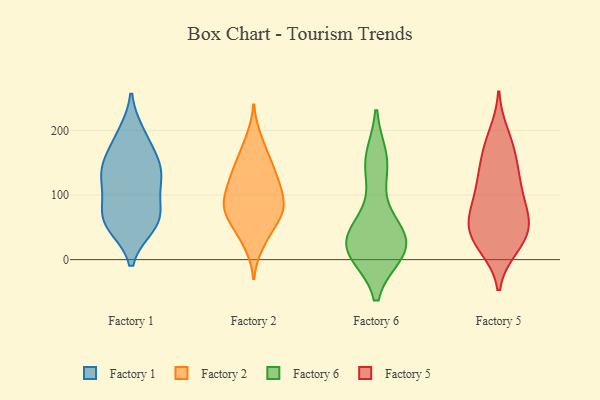
{"axis": {"x": "Operating Costs (USD K)", "y": "Value"}, "legend": ["Factory 1", "Factory 2", "Factory 5", "Factory 6"], "data": [{"x": "", "y": 114, "type": "Factory 1"}, {"x": "", "y": 55, "type": "Factory 1"}, {"x": "", "y": 125, "type": "Factory 1"}, {"x": "", "y": 64, "type": "Factory 1"}, {"x": "", "y": 148, "type": "Factory 1"}, {"x": "", "y": 195, "type": "Factory 1"}, {"x": "", "y": 52, "type": "Factory 1"}, {"x": "", "y": 153, "type": "Factory 1"}, {"x": "", "y": 70, "type": "Factory 1"}, {"x": "", "y": 189, "type": "Factory 1"}, {"x": "", "y": 92, "type": "Factory 1"}, {"x": "", "y": 130, "type": "Factory 1"}, {"x": "", "y": 58, "type": "Factory 1"}, {"x": "", "y": 146, "type": "Factory 1"}, {"x": "", "y": 113, "type": "Factory 2"}, {"x": "", "y": 83, "type": "Factory 2"}, {"x": "", "y": 73, "type": "Factory 2"}, {"x": "", "y": 88, "type": "Factory 2"}, {"x": "", "y": 186, "type": "Factory 2"}, {"x": "", "y": 24, "type": "Factory 2"}, {"x": "", "y": 122, "type": "Factory 2"}, {"x": "", "y": 36, "type": "Factory 2"}, {"x": "", "y": 56, "type": "Factory 2"}, {"x": "", "y": 67, "type": "Factory 2"}, {"x": "", "y": 137, "type": "Factory 2"}, {"x": "", "y": 92, "type": "Factory 2"}, {"x": "", "y": 143, "type": "Factory 2"}, {"x": "", "y": 97, "type": "Factory 2"}, {"x": "", "y": 137, "type": "Factory 2"}, {"x": "", "y": 73, "type": "Factory 2"}, {"x": "", "y": 170, "type": "Factory 2"}, {"x": "", "y": 60, "type": "Factory 6"}, {"x": "", "y": 138, "type": "Factory 6"}, {"x": "", "y": 13, "type": "Factory 6"}, {"x": "", "y": 11, "type": "Factory 6"}, {"x": "", "y": 18, "type": "Factory 6"}, {"x": "", "y": 19, "type": "Factory 6"}, {"x": "", "y": 19, "type": "Factory 6"}, {"x": "", "y": 153, "type": "Factory 6"}, {"x": "", "y": 157, "type": "Factory 6"}, {"x": "", "y": 16, "type": "Factory 6"}, {"x": "", "y": 40, "type": "Factory 6"}, {"x": "", "y": 45, "type": "Factory 6"}, {"x": "", "y": 56, "type": "Factory 5"}, {"x": "", "y": 26, "type": "Factory 5"}, {"x": "", "y": 20, "type": "Factory 5"}, {"x": "", "y": 113, "type": "Factory 5"}, {"x": "", "y": 139, "type": "Factory 5"}, {"x": "", "y": 173, "type": "Factory 5"}, {"x": "", "y": 171, "type": "Factory 5"}, {"x": "", "y": 75, "type": "Factory 5"}, {"x": "", "y": 45, "type": "Factory 5"}, {"x": "", "y": 116, "type": "Factory 5"}, {"x": "", "y": 193, "type": "Factory 5"}, {"x": "", "y": 130, "type": "Factory 5"}, {"x": "", "y": 85, "type": "Factory 5"}, {"x": "", "y": 74, "type": "Factory 5"}, {"x": "", "y": 45, "type": "Factory 5"}, {"x": "", "y": 24, "type": "Factory 5"}, {"x": "", "y": 52, "type": "Factory 5"}]}